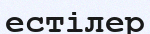
естілер